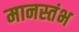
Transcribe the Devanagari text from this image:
मानस्तंभ